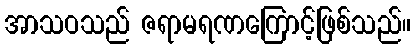
အာသဝသည် ဇရာမရဏကြောင့်ဖြစ်သည်။